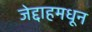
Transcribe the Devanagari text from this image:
जेद्दाहमधून